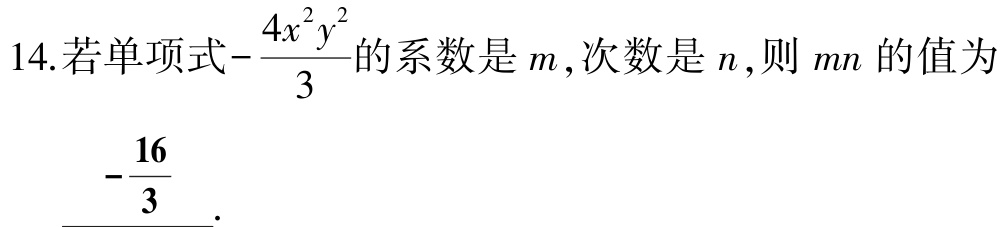
14.若单项式\(-\frac{4x^{2}y^{2}}{3}\)的系数是\(m\)，次数是\(n\)，则\(mn\)的值为\(-\frac{16}{3}\).